King Institute of Preventive Medicine Micro-Biological Section reports 1909-11
Year: 1909
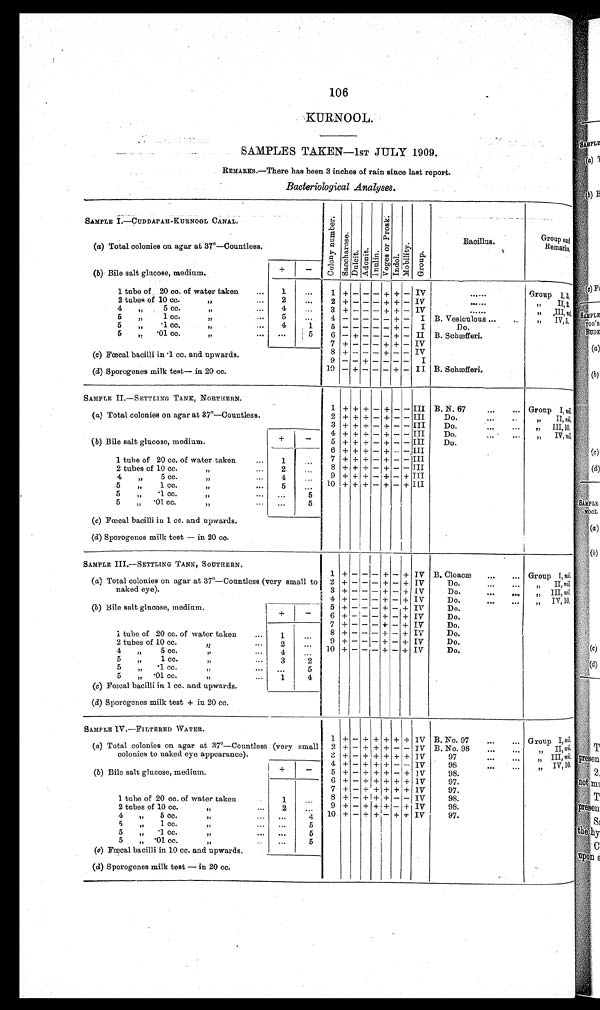
106
KURNOOL.
SAMPLES TAKEN—1ST JULY 1909.
REMARKS.—There has been 3 inches of rain since last report.
Bacteriological Analyses.
SAMPLE I.—CUDDAPAH-KURNOOL CANAL.
C o l o n y n u m b e r
Sa c c ha r os
D u l c i t
A d o n i t
I n u l i n
V o g e s o r P r o s k
I n d o l
M o b i l i t y
G r o u p
Bacillus.
Group
a n d R e m a r k s ,
(a) Total colonies on agar at 37º—Countless.
+
–
(b) Bile salt glucose, medium.
1
. . .
1
+
– – – + +
– IV
IV
. . . . . .
Group I,3,
1 tube of 20 co. of water taken
...
2 tubes of 10 cc.
...
2
2 + – – – + +
. . .
....
,,
II,2.
4
4 „
5 cc.
, . ...
..
3 + – – – + + – IV
......
,, ,III,
5
5
, ,
1 cc.
, , ...
.,.
4 – – – – – + – I B. Vesiculous ...
IV, 5,
4
1
5
„
. 1 c c .
„ . . .
5 – – – – – + – I
Do.
5 „ '01 cc.
. . . . . .
5
6 – + – – – + – II B. Scbæfferi.
7 + – – – + + – IV
(c) Fœcal bacilli in .1 cc. and upwards.
8 + – – – + – – IV
9 –
– + – – – – I
(d) Sporogenes milk test—in 20 cc.
10 – + – – + – II B. Schæfferi.
SAMPLE II.—SETTLING TANK, NORTHERN.
1 + + + – + – – III B. N. 67
... ....
Group I, n i l .
(a) Total colonies on agar at 37°—Countless.
2 + + + – + – – III
Do.
. . .
,, II, nil,
3 + + + – + – – – III
Do.
III,10,
+
–
4 + + + — + – – III
Do.
„ IV, nil,
(b) Bile salt glucose, medium.
5 + + + – + – – III
Do.
6 + + + – + – – III
..
1 tube of 20 cc. of water taken
...
1
. . .
7 + + + – + – –
I I I
2 tubes of 10 cc.,,
..,
2
. . .
8 + + + – + – – III
4
, ,
5 c c .
, ,
...
4
. . .
9 ++ + – + – + III
5
„
1 cc.
10 + + + – + – + lII
5
, ,
. 1 c c .
. . . ...
5
5
„
. 0 1 c c .
, ,
...
(c) Fœcal bacilli in 1 cc. and upwards.
...
5
(d) Sporogenes milk test— in 20 cc.
SAMPLE III.---SETTLING TANK, SOUTHERN.
1 +
– – – +
– + IV B. Cloacæ
...
... Group I, nil.
(a) Total colonies on agar at 37º—Countless (very small to
naked eye).
2 + – – – + – + IV
Do.
II, nil.
3 + – – – + – + IV
Do.
... ...
,, III, nil
4 + – – — + – + IV
Do.
IV 10
(b) Bile salt glucose, medium.
+
–
5 + – – – + — + IV
Do.
6 +
– I – + – + IV
Do.
7 + – – – + –- + IV
Do.
1 tube of 20 cc. of water taken
...
8 +
– – – +
– + IV
Do.
2
...
9 + – – – + – + IV
Do.
10
2 tubes of 10 cc.
,,,
4
,, 5 cc.
+ – – – + – + IV
Do.
5
„
1 cc.
. . . 3
2
5
„ .1 cc.
7,
5
5
„
. 0 1 c c .
. . .
(c) Fœal bacilli in 1 cc. and upwards.
1
4
(d) Sporogenes milk test + in 20 cc.
SAMPLE IV.—FILTERED WATER.
I
1 + + + + + + IV B. No. 97
...
... Group I, n i l .
(a) Total colonies on agar at 37º—Countless (very small
colonies to naked eye appearance).
2 + – + + + – – IV B. No. 98
...
... „ II,n i l .
3 + – + + + + + I V
97
. .
III ni
l.
(b) Bile salt glucose, medium.
+
–
4 +
– + + +
– – IV
98
IV 10.
5 + – + + + – + IV
98.
6 + – + + + + + 1V
97.
7 + – + + + + +
I V
97.
1 tube of 20 cc. of water taken
1
. . .
8 + – +
+
+ + – – IV
98.
2 tubes of 10 cc.
9 + –
+
+ +
– + IV
98.
4
„
5 cc.
4 10 + – + + – + + IV
97.
5
„
1 cc.
, , ...
. . .
5
5
„
. • 1 c c .
,. ...
...
5
5
„ '01 cc.
,,
...
.. .
5
(c) Fœcal bacilli in 10 cc. and upwards.
(d) Sporogenes milk test—in 20 cc.